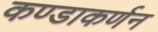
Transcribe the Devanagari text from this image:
कण्डाकर्णन